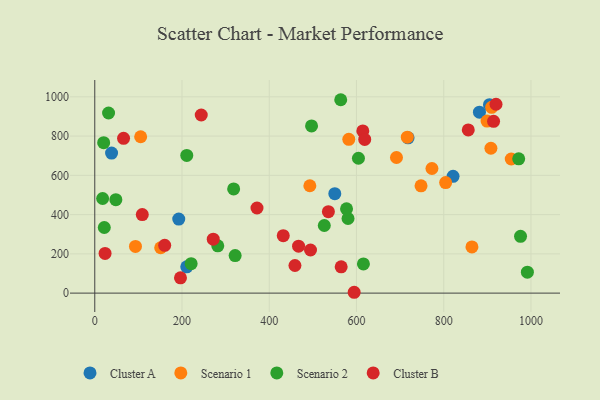
{"axis": {"x": "Study Hours", "y": "Sales"}, "legend": ["Cluster A", "Cluster B", "Scenario 1", "Scenario 2"], "data": [{"x": "210.9", "y": 134.2, "type": "Cluster A"}, {"x": "821.4", "y": 595.1, "type": "Cluster A"}, {"x": "550.3", "y": 506.7, "type": "Cluster A"}, {"x": "192.5", "y": 377.2, "type": "Cluster A"}, {"x": "881.9", "y": 921.9, "type": "Cluster A"}, {"x": "38.5", "y": 713.4, "type": "Cluster A"}, {"x": "904.9", "y": 960.3, "type": "Cluster A"}, {"x": "718.3", "y": 791.3, "type": "Cluster A"}, {"x": "93.3", "y": 237.8, "type": "Scenario 1"}, {"x": "908.2", "y": 738.2, "type": "Scenario 1"}, {"x": "954.8", "y": 683.3, "type": "Scenario 1"}, {"x": "582.4", "y": 783.3, "type": "Scenario 1"}, {"x": "151.1", "y": 231.2, "type": "Scenario 1"}, {"x": "804.4", "y": 563.2, "type": "Scenario 1"}, {"x": "493.1", "y": 547.0, "type": "Scenario 1"}, {"x": "909.9", "y": 946.6, "type": "Scenario 1"}, {"x": "899.4", "y": 876.7, "type": "Scenario 1"}, {"x": "773.0", "y": 634.8, "type": "Scenario 1"}, {"x": "716.5", "y": 794.3, "type": "Scenario 1"}, {"x": "105.2", "y": 796.6, "type": "Scenario 1"}, {"x": "864.7", "y": 235.3, "type": "Scenario 1"}, {"x": "748.0", "y": 546.5, "type": "Scenario 1"}, {"x": "691.7", "y": 691.0, "type": "Scenario 1"}, {"x": "580.6", "y": 380.2, "type": "Scenario 2"}, {"x": "497.0", "y": 851.7, "type": "Scenario 2"}, {"x": "21.8", "y": 334.4, "type": "Scenario 2"}, {"x": "18.0", "y": 482.1, "type": "Scenario 2"}, {"x": "48.3", "y": 476.1, "type": "Scenario 2"}, {"x": "971.9", "y": 684.0, "type": "Scenario 2"}, {"x": "563.9", "y": 985.3, "type": "Scenario 2"}, {"x": "991.8", "y": 106.5, "type": "Scenario 2"}, {"x": "604.5", "y": 687.2, "type": "Scenario 2"}, {"x": "20.4", "y": 766.4, "type": "Scenario 2"}, {"x": "976.1", "y": 289.4, "type": "Scenario 2"}, {"x": "526.2", "y": 344.6, "type": "Scenario 2"}, {"x": "321.8", "y": 191.3, "type": "Scenario 2"}, {"x": "210.9", "y": 701.3, "type": "Scenario 2"}, {"x": "31.6", "y": 917.7, "type": "Scenario 2"}, {"x": "615.9", "y": 148.6, "type": "Scenario 2"}, {"x": "282.0", "y": 240.9, "type": "Scenario 2"}, {"x": "220.9", "y": 150.1, "type": "Scenario 2"}, {"x": "577.2", "y": 429.7, "type": "Scenario 2"}, {"x": "318.4", "y": 531.0, "type": "Scenario 2"}, {"x": "108.9", "y": 400.0, "type": "Cluster B"}, {"x": "432.1", "y": 292.8, "type": "Cluster B"}, {"x": "494.6", "y": 219.8, "type": "Cluster B"}, {"x": "196.5", "y": 77.8, "type": "Cluster B"}, {"x": "160.3", "y": 243.7, "type": "Cluster B"}, {"x": "467.2", "y": 239.1, "type": "Cluster B"}, {"x": "919.9", "y": 962.3, "type": "Cluster B"}, {"x": "564.9", "y": 134.1, "type": "Cluster B"}, {"x": "66.0", "y": 788.8, "type": "Cluster B"}, {"x": "458.9", "y": 140.8, "type": "Cluster B"}, {"x": "535.6", "y": 414.9, "type": "Cluster B"}, {"x": "371.9", "y": 433.6, "type": "Cluster B"}, {"x": "614.5", "y": 826.3, "type": "Cluster B"}, {"x": "23.6", "y": 202.2, "type": "Cluster B"}, {"x": "271.6", "y": 274.6, "type": "Cluster B"}, {"x": "594.7", "y": 4.3, "type": "Cluster B"}, {"x": "914.3", "y": 875.4, "type": "Cluster B"}, {"x": "618.9", "y": 783.1, "type": "Cluster B"}, {"x": "856.3", "y": 831.6, "type": "Cluster B"}, {"x": "244.1", "y": 907.4, "type": "Cluster B"}]}